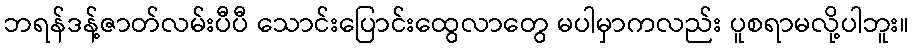
ဘရန်ဒန့်ဇာတ်လမ်းပီပီ သောင်းပြောင်းထွေလာတွေ မပါမှာကလည်း ပူစရာမလို့ပါဘူး။